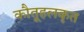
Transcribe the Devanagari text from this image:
कौतूहलकृत